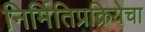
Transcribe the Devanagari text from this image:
निर्मितिप्रक्रियेचा